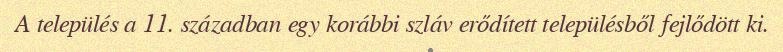
A település a 11. században egy korábbi szláv erődített településből fejlődött ki.